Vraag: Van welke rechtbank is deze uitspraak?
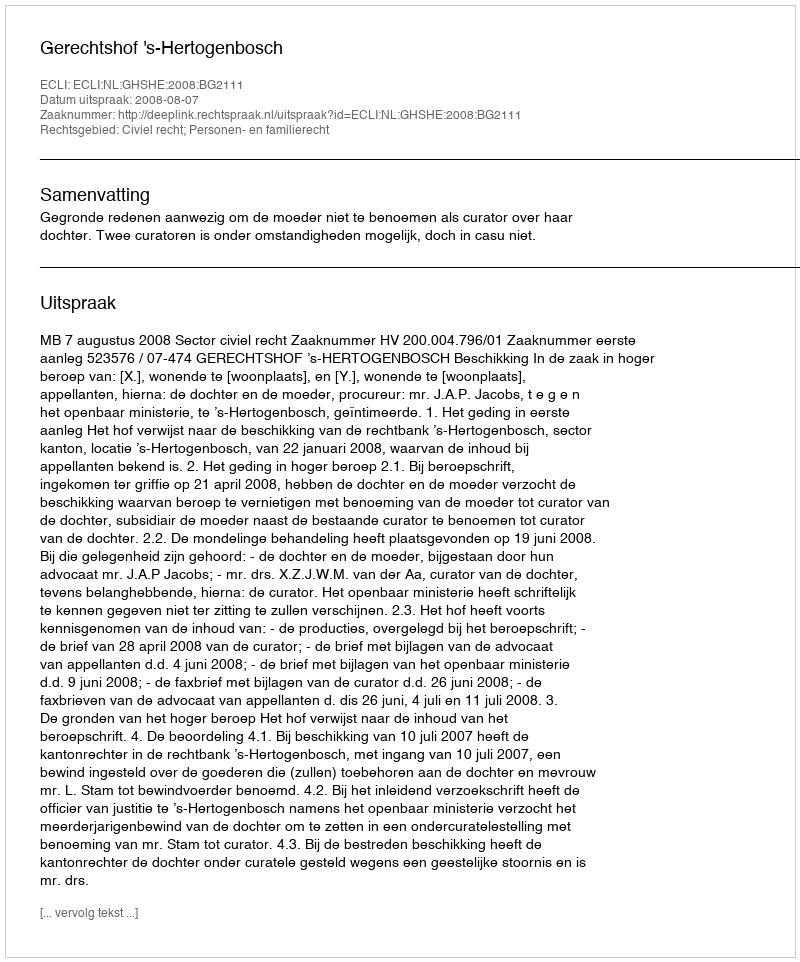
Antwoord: Gerechtshof 's-Hertogenbosch